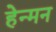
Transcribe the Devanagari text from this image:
हेन्मन